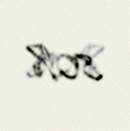
80%